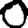
Digit: 0